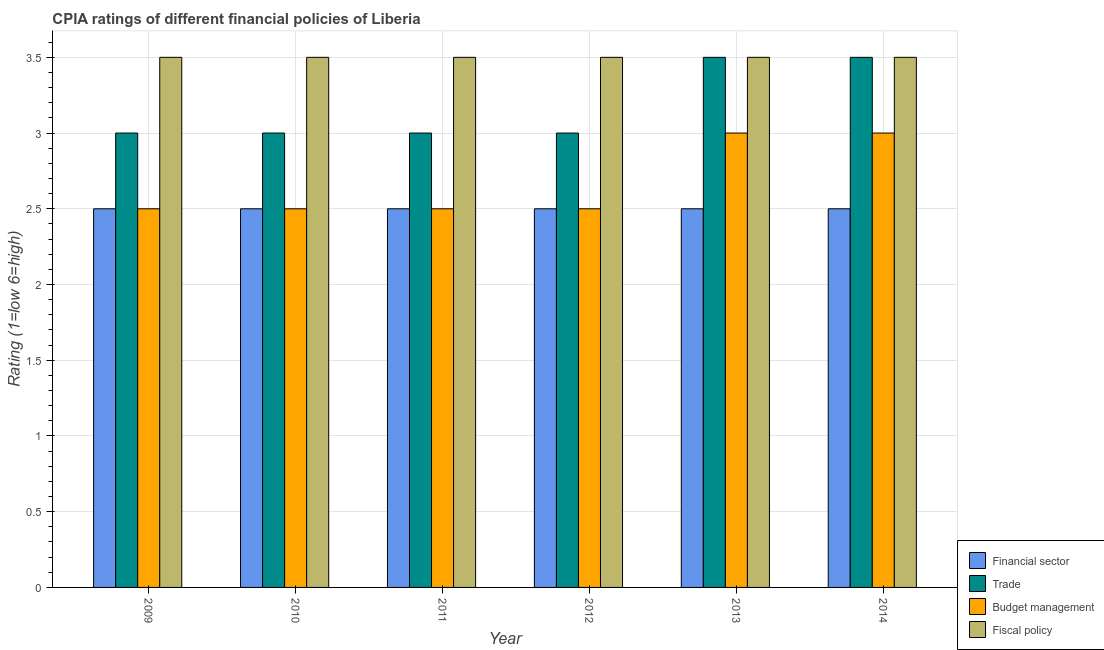
| Year | Financial sector | Trade | Budget management | Fiscal policy |
 | --- | --- | --- | --- | --- |
 | 2009 | 2.5 | 3 | 2.5 | 3.5 |
 | 2010 | 2.5 | 3 | 2.5 | 3.5 |
 | 2011 | 2.5 | 3 | 2.5 | 3.5 |
 | 2012 | 2.5 | 3 | 2.5 | 3.5 |
 | 2013 | 2.5 | 3.5 | 3 | 3.5 |
 | 2014 | 2.5 | 3.5 | 3 | 3.5 |